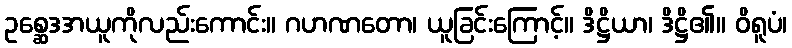
ဥစ္ဆေဒအယူကိုလည်းကောင်း။ ဂဟဏတော၊ ယူခြင်းကြောင့်။ ဒိဋ္ဌိယာ၊ ဒိဋ္ဌိ၏။ ဝိရူပံ၊